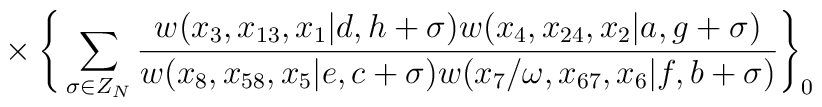
{}~~~~~~~~~~~~~\times \Bigg\{\sum_{\sigma \in Z_N}\frac{w(x_3,x_{13},x_1|d,h+\sigma)w(x_4,x_{24},x_2|a,g+\sigma)}{w(x_8,x_{58},x_5|e,c+\sigma)w(x_7/\omega,x_{67},x_6|f,b+\sigma)}\Bigg\}_0